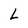
Character: L